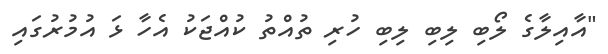
"އާއިލާގެ ލޯބި ލިބި ލިބި ހުރި ތުއްތު ކުއްޖަކު އެހާ ޅަ އުމުރުގައި